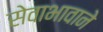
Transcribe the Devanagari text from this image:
सेवाभावाने